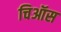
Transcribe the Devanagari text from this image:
चिऑस